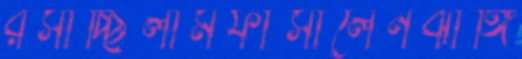
রসাচ্ছিলামফাঁসালেনঝাঙ্গি